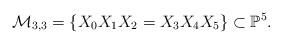
LaTeX: \begin{align*}\mathcal{M}_{3,3}=\left\{ X_{0}X_{1}X_{2}=X_{3}X_{4}X_{5}\right\} \subset\mathbb{P}^{5}.\end{align*}